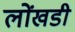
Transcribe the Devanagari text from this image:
लोंखडी